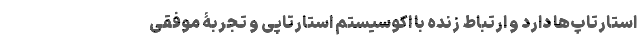
استارتاپ‌ها دارد و ارتباط زنده با اکوسیستم استارتاپی و تجربۀ موفقی